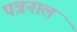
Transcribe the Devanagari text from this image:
पत्रनाल